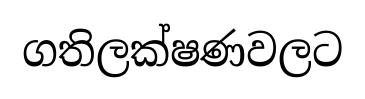
ගතිලක්ෂණවලට